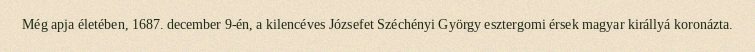
Még apja életében, 1687. december 9-én, a kilencéves Józsefet Széchényi György esztergomi érsek magyar királlyá koronázta.